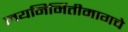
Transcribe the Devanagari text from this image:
लयनिर्मितीमागचे